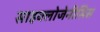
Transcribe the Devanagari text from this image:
साइक्लोजेनीसिस